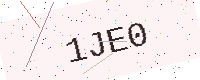
Text: 1JE0